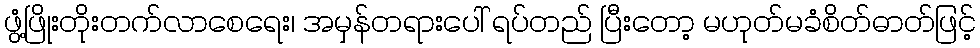
ဖွံ့ဖြိုးတိုးတက်လာစေရေး၊ အမှန်တရားပေါ် ရပ်တည် ပြီးတော့ မဟုတ်မခံစိတ်ဓာတ်ဖြင့်